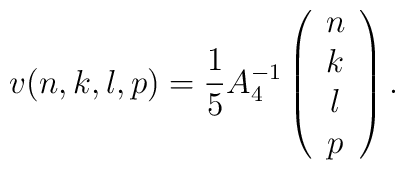
v(n,k,l,p)=\frac{1}{5}A_4^{-1}\left(\begin{array}{c}n\\k\\l\\p\end{array}\right).